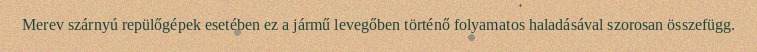
Merev szárnyú repülőgépek esetében ez a jármű levegőben történő folyamatos haladásával szorosan összefügg.